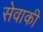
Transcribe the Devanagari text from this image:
सेवाकी